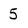
Character: 5